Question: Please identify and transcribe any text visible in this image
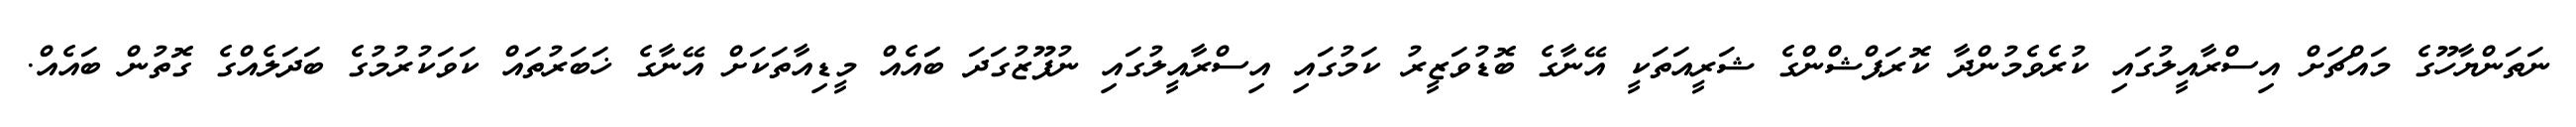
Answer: ނަތަންޔާހޫގެ މައްޗަށް އިސްރާއީލުގައި ކުރެވެމުންދާ ކޮރަޕްޝްންގެ ޝަރީއަތަކީ އޭނާގެ ބޮޑުވަޒީރު ކަމުގައި އިސްރާއީލުގައި ނުފޫޒުގަދަ ބަައެއް މީޑިއާތަކަށް އޭނާގެ ޚަބަރުތައް ކަވަކުރުމުގެ ބަދަލެއްގެ ގޮތުން ބައެއް.